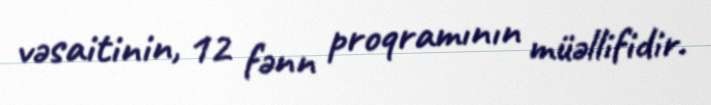
vəsaitinin, 12 fənn proqramının müəllifidir.